Annual report of the Civil Veterinary Department, Bengal, for the year 1895-96 - 1895-1896
Year: 1895
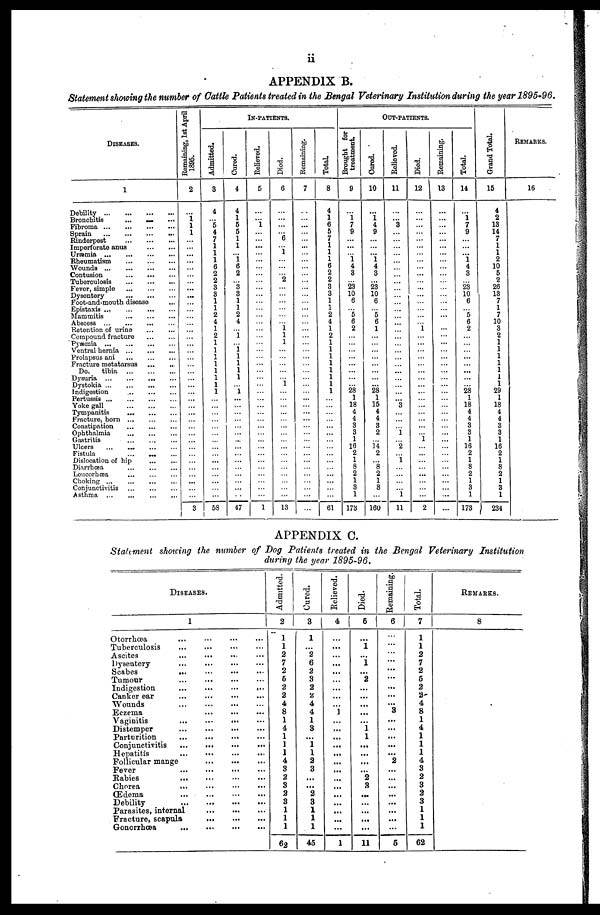
ii
APPENDIX B.
Statement showing the number of Cattle Patients treated in the Bengal Veterinary Institution during the year 1895-96.
DISEASES.
1
Debility ... ... ... ...
Bronchitis ... ... ...
Fibroma ... ... ... ...
Sprain ... ... ... ...
Rinderpest ... ... ...
Imperforate anus ... ... ...
Uraemia ... ... ... ...
Rheumatism ... ... ...
Wounds ... ... ... ...
Contusion ... ... ...
Tuberculosis ... ... ...
Fever, simple ... ... ...
Dysentery ... ... ...
Foot-and-mouth disease ...
Epistaxis ... ... ... ...
Mammitis ... ... ...
Abscess ... ... ... ...
Retention of urine ... ...
Compound fracture ... ... ...
Pyæmia ... ... ... ...
Ventral hernia ... ... ...
Prolapsus ani
...
...
...
Fracture metatarsus ... ...
Do.
tibia ... ... ...
Dysuria ... ... ... ...
Dystokia
...
...
...
...
Indigestion ... ... ...
Pertussis ... ... ...
Yokegall ... ... ... ...
Tympanitis ... ... ...
Fracture, horn ... ... ...
Constipation ... ... ...
Ophthalmia ... ... ... ...
Gastritis ... ... ...
Ulcers ... ... ... ...
Fistula
... ... ...
Dislocation of hip ... ...
Diarrhoea ... ... ...
Leucorhæa ... ... ...
Choking ... ... ... ...
Conjunctivitis ... ... ...
Asthma ... ... ... ...
Remaining, 1st April
| 1895.
2
...
... 1
1
...
...
...
...
...
...
...
...
...
...
...
...
...
...
...
...
...
...
...
...
...
...
...
...
...
...
...
...
...
...
...
...
...
...
...
...
...
...
3
Admitted.
3
4
... 5
4
7
1
1
1
6
2
2
3
3
1
1
2
4
1
2
1
1
1
1
1
1
1
1
...
...
...
...
...
...
...
...
...
...
...
...
...
...
...
58
Cured.
4
4
1
5
5
1
1
... 1
6
2
... 3
3
1
1
2
4
...
...
... ... 1
1
1
1
...
1
...
...
...
...
...
...
...
...
...
...
...
...
...
...
...
47
IN-PATIENTS.
Relieved.
5
...
...
1
...
...
...
...
...
...
...
...
...
...
...
...
...
...
...
...
...
...
...
...
...
...
...
...
...
...
...
...
...
...
...
...
...
...
...
...
...
...
...
1
Died.
6
...
...
...
...
6
... 1
...
...
...
2
...
...
...
...
...
...
1
1
1
...
...
...
...
...
1
...
...
...
...
...
...
...
...
...
...
...
...
...
...
...
...
13
Remaining.
7
...
...
...
...
...
...
...
...
...
...
...
...
...
...
...
...
...
...
...
...
...
...
...
...
...
...
...
...
...
...
...
...
...
...
...
...
...
...
...
...
...
...
...
Total.
8
4
1
6
5
7
1
1
1
6
2
2
3
3
1
1
2
4
1
2
1
1
1
1
1
1
1
1
...
...
...
...
...
...
...
...
...
...
...
...
...
...
...
61
Brought for
treatment.
9
...
... 7
9
...
...
...
1 4
3
...
23
10
6
...
5
6
2
...
...
...
...
... ...
...
...
28
1
18
4
4
3
3
1
16
2
1
8
2
1
3
1
173
OUT-PATIENTS.
Cured.
10
...
... 4
9
...
...
...
1 4
3
...
23
10
6
...
5
6
1
...
...
...
...
...
...
...
...
28
1
15
4
4
3
2
... 14
2
... 8
2
1
3
...
160
Relieved.
11
...
... 3
...
...
...
...
...
...
...
...
...
...
...
...
...
...
...
...
...
...
...
...
...
...
...
...
... 3
...
...
...
1
2
...
...
...
...
...
... 1
11
Died.
12
...
...
...
...
...
...
...
...
...
...
...
...
...
...
...
...
...
...
...
...
...
...
...
...
...
...
...
...
...
...
...
...
...
...
...
...
...
...
...
...
...
...
2
Remaining.
13
...
...
...
...
...
...
...
...
...
...
...
...
...
...
...
...
...
...
...
...
...
...
...
...
...
...
...
...
...
...
...
...
...
...
...
...
...
...
...
...
...
...
...
Total.
14
...
... 7
9
...
...
...
1
4
3
...
23
10
6
...
5
6
2
...
...
...
...
... ...
...
...
28
1
18
4
4
3
3
1
16
2
1
8
2
1
3
1
173
Grand Total.
15
4
2
13
14
7
1
1
2
10
5
2
26
13
7
1
7
10
3
2
1
1
1
1
1
1
1
29
1
18
4
4
3
3
1
16
2
1
8
2
1
3
1
234
REMARKS.
16
APPENDIX C.
Statement showing the number of Dog Patients treated in the Bengal Veterinary Institution
during the year 1895-96,
DISEASES.
1
Otorrlicea ... ... ... ...
Tuberculosis ... ... ... ...
Ascites ... ... ... ...
Dysentery ... ... ... ...
Scabes ... ... ... ...
Tumour ... ... ... ...
Indigestion ... ... ... ...
Canker ear ... ... ... ...
Wounds ... ... ... ...
Eczema ... ... ...
Vaginitis
...
... ... ...
Distemper
... ... ... ...
Parturition ... ... ... ...
Conjunctivitis ... ... ... ...
Hepatitis ... ... ... ...
Follicular mange ... ... ...
Fever
...
...
...
...
Babies ... ... ... ...
Chorea ... ... ... ...
CEdema
...
...
...
...
Debility ... ... ... ...
Parasites, internal
...
...
...
...
Fracture, scapula ... ... ...
Gonorrhoea ... ... ... ...
Admitted.
21
1
1
2
7
2
5
2
2
4
8
1
4
1
1
1
4
3
2
3
2
3
1
1
1
62
Cured.
3
1
...
2
6
2
3
2
2
4
4
1
3
...
1
1
2
3
...
...
2
3
1
1
1
45
Believed.
4
...
...
...
...
...
...
...
...
...
1
...
...
...
...
...
...
...
...
...
...
...
...
...
...
1
Died.
5
...
1
...
1
...
2
...
...
...
...
...
1
1
...
...
...
...
2
3
...
...
...
...
...
11
Remaining.
6
...
...
...
...
...
...
...
...
...
3
...
...
...
...
...
2
....
...
...
...
...
...
...
...
5
Total.
7
1
1
2
7
2
5
2
2
4
8
1
4
1
1
1
4
3
2
3
2
3
1
1
1
62
REMAKES.
8